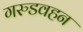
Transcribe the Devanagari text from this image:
गरुडवहन